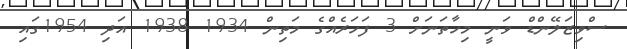
ސްވިޒަލޭންޑް ވަނީ މިހާތަނަށް 3 ފަހަރެއްގެ މަތިން 1934 1938 އަދި 1954ގައި